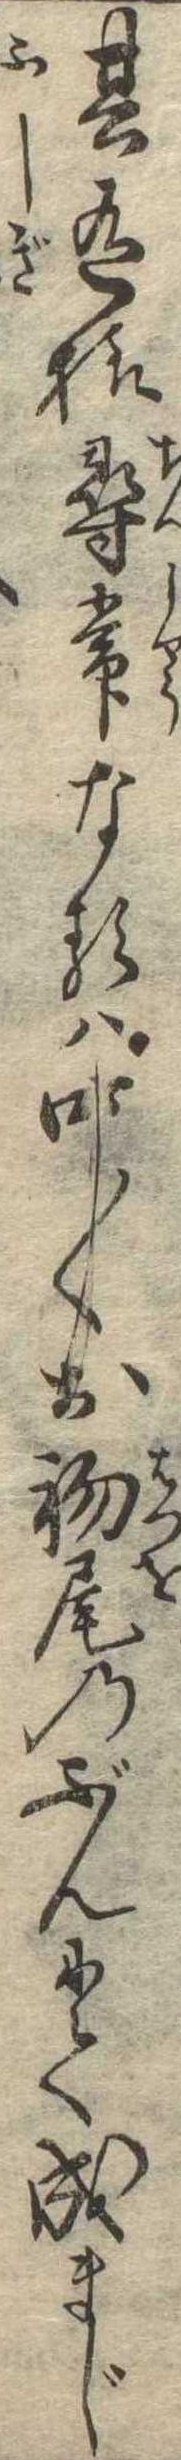
其有様尋常なるは中〱お初尾のぶんにて成まじ